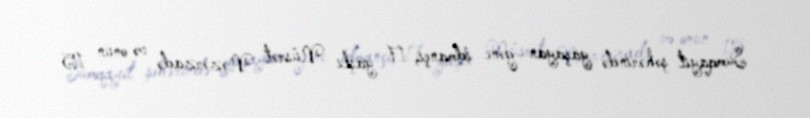
Sumqayıt şəhərində yaşayan gənc idmançı, 17 yaşlı Nüsrət Nəzərzadə və onun 15